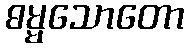
ဓမ္မသောတော